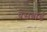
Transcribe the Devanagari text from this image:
वेसबोर्ड